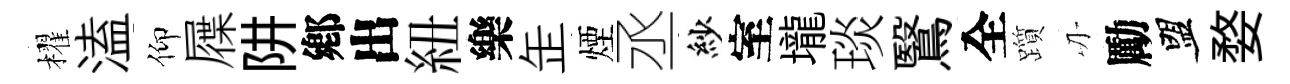
櫂溘仰屧阱鄕出紐樂𦈢煙丞紗室壠琰鷖全躓刃勵盟婺